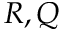
R , Q